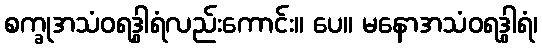
စက္ခုအသံဝရဒွါရံလည်းကောင်း။ ပေ။ မနောအသံဝရဒွါရံ၊